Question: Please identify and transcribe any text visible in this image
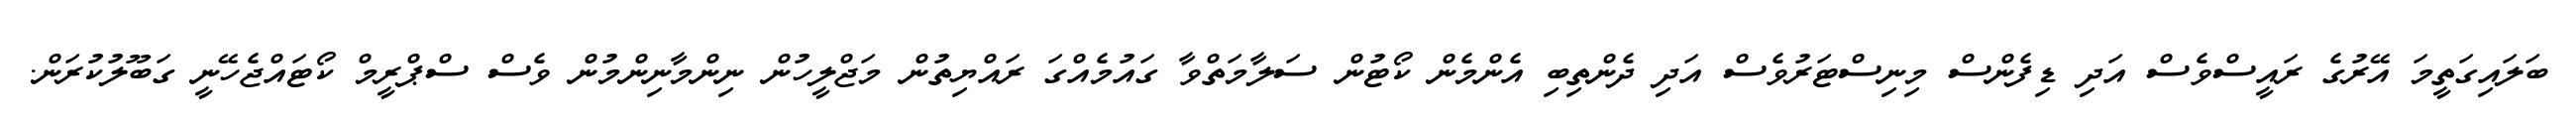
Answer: ބަލައިގަތީމަ އޭރުގެ ރައީސްވެސް އަދި ޑިފެންސް މިނިސްޓަރުވެސް އަދި ދެންތިބި އެންމެން ކޯޓުން ސަލާމަތްވާ ގައުމެއްގަ ރައްޔިތުން މަޖްލީހުން ނިންމާނިންމުން ވެސް ސްޕްރީމް ކޯޓައްޖެހޭނީ ގަބޫލުކުރަން.